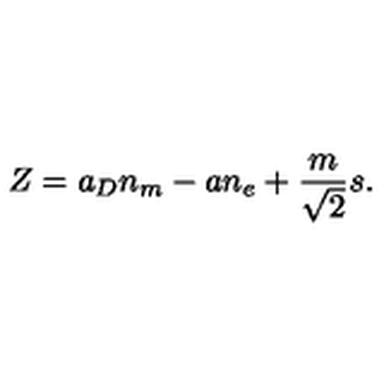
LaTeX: Z = a _ { D } n _ { m } - a n _ { e } + { \frac { m } { \sqrt { 2 } } } s .